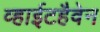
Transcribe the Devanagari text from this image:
व्हाईटहैवेन